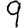
Digit: 9